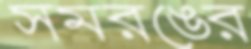
সমরঙের